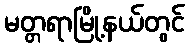
မတ္တရာမြို့နယ်တွင်